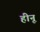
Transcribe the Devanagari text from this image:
हीनू